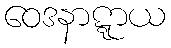
ဝေဒနာဋ္ဋာယ